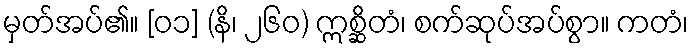
မှတ်အပ်၏။ [၀၁] (နိ၊ ၂၆၀) ဣစ္ဆိတံ၊ စက်ဆုပ်အပ်စွာ။ ကတံ၊